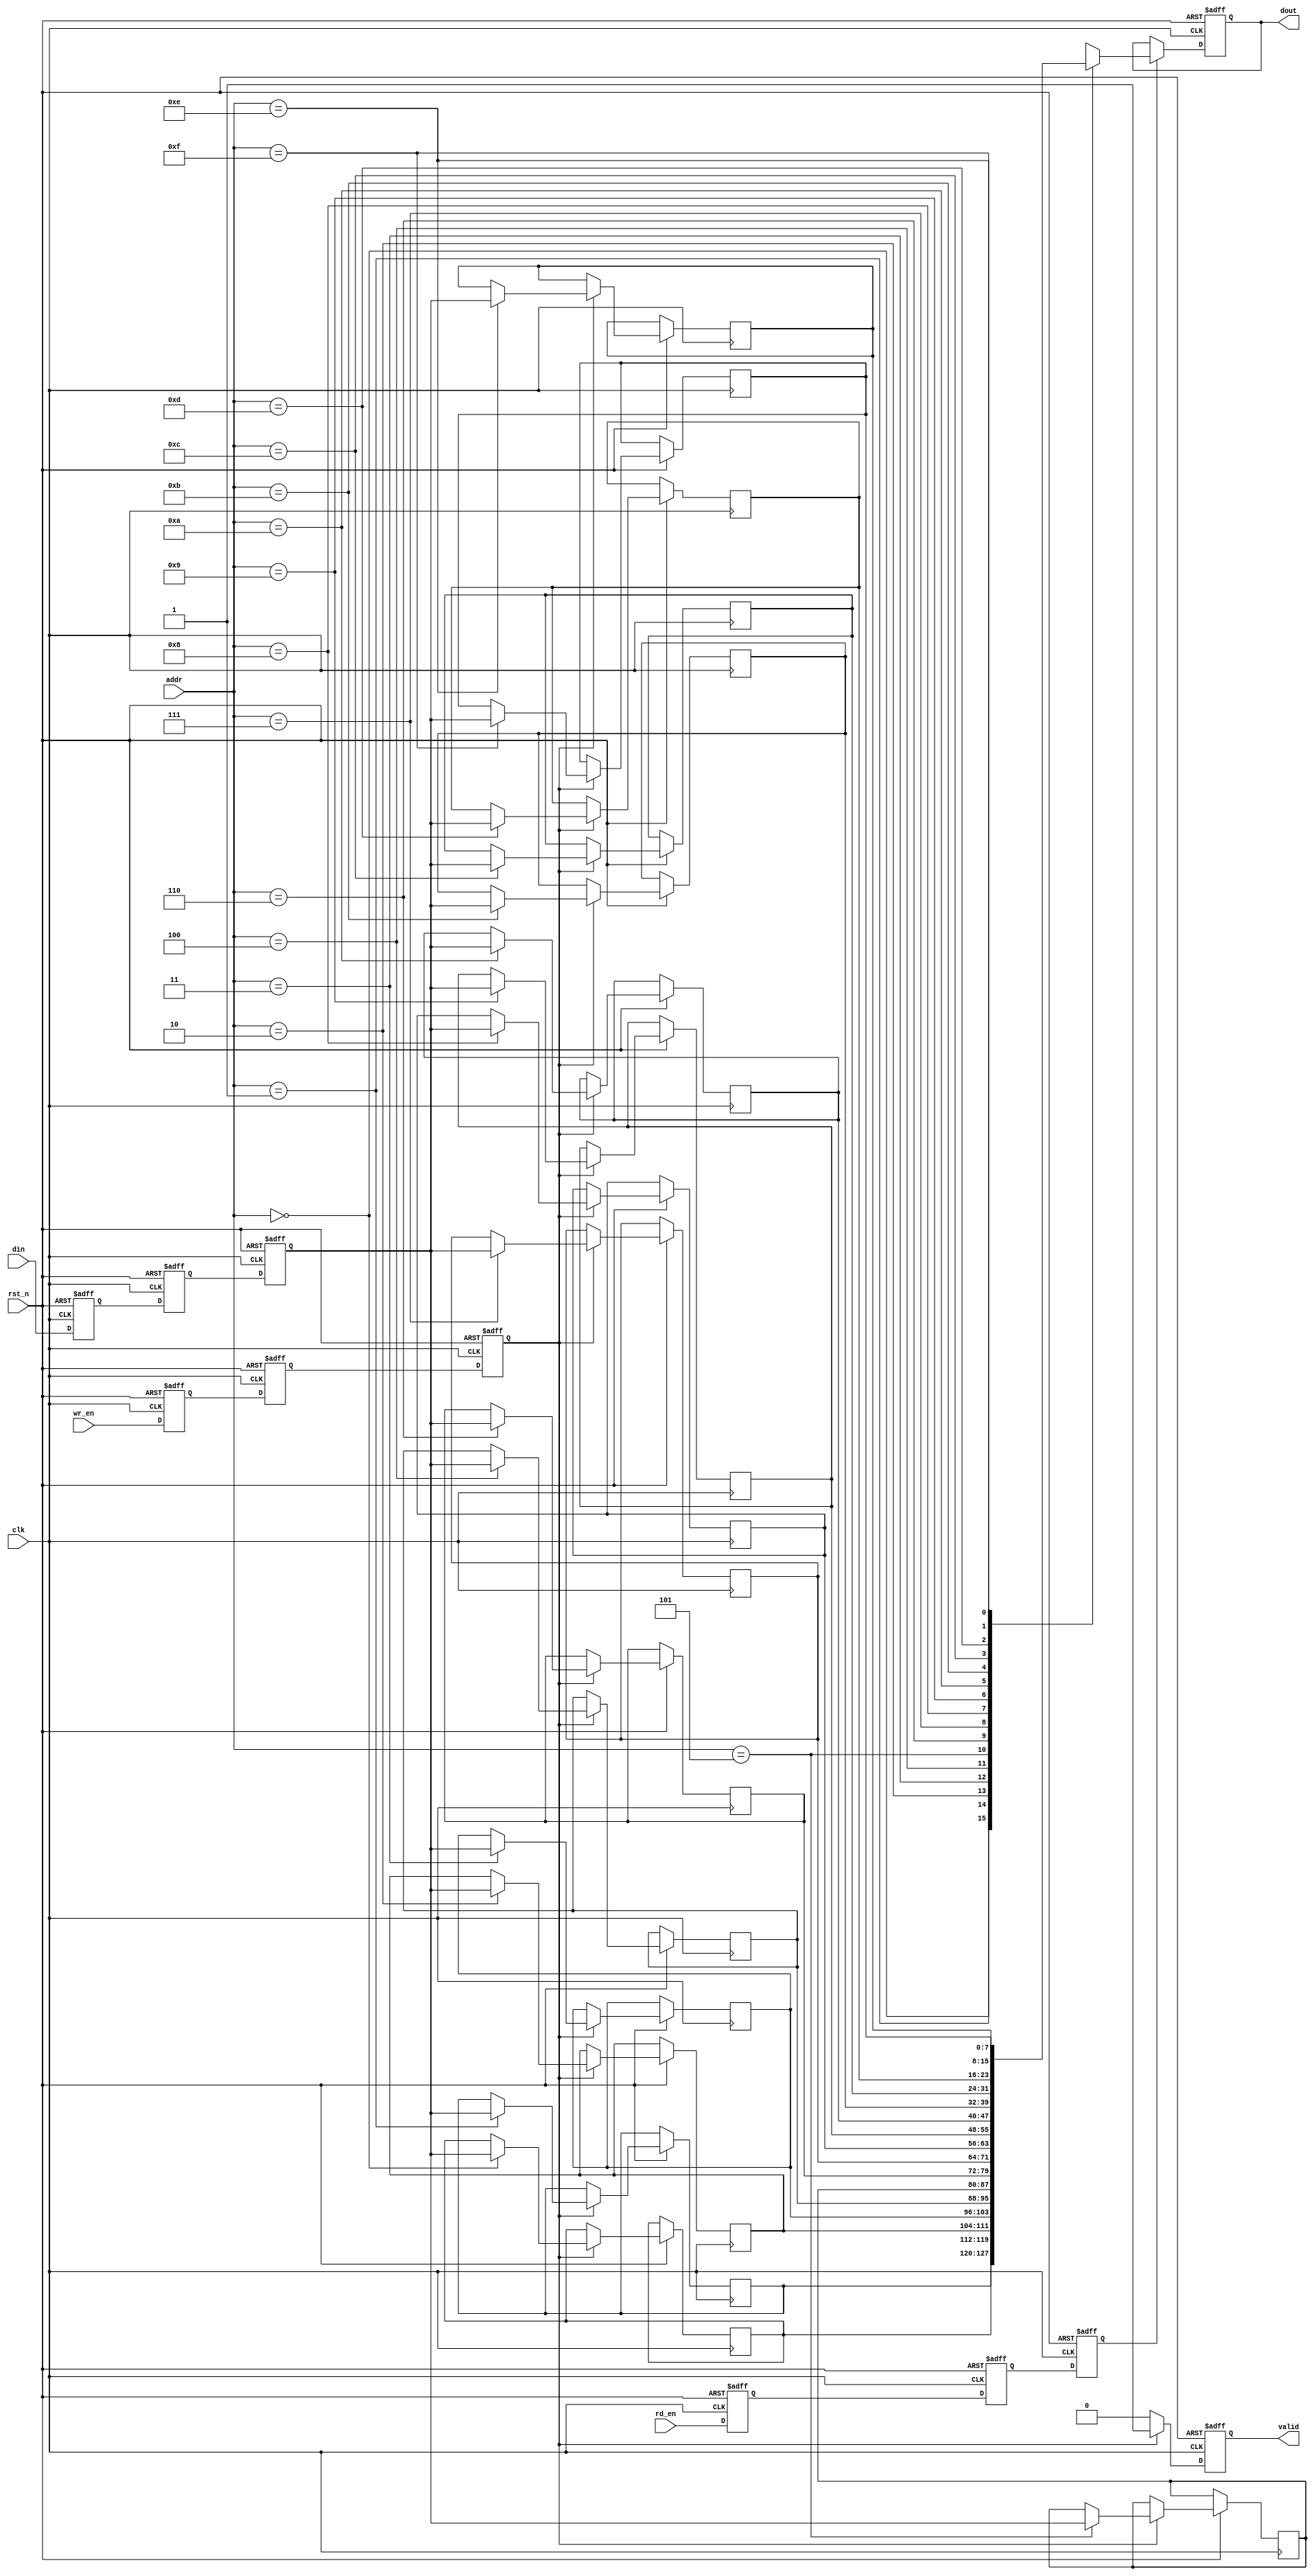
module MemoryBlock #(
    parameter DATA_WIDTH = 8,
    parameter ADDR_WIDTH = 4,
    parameter DELAY_CYCLES = 3  // Number of cycles for the safe delay line
)(
    input wire clk,                    // Memory clock
    input wire rst_n,                  // Active low reset
    input wire wr_en,                  // Write enable
    input wire rd_en,                  // Read enable
    input wire [ADDR_WIDTH-1:0] addr,  // Address for read/write
    input wire [DATA_WIDTH-1:0] din,   // Data input
    output reg [DATA_WIDTH-1:0] dout,  // Data output
    output reg valid                   // Output valid signal
);

    // Memory array
    reg [DATA_WIDTH-1:0] mem [(1 << ADDR_WIDTH) - 1:0];

    // Safe Delay Line for data input
    reg [DATA_WIDTH-1:0] safe_delay_line [0:DELAY_CYCLES-1];

    // Synchronization logic for control signals
    reg wr_en_sync [0:DELAY_CYCLES-1];
    reg rd_en_sync [0:DELAY_CYCLES-1];

    integer i;

    // Sequential logic for safe delay line
    always @(posedge clk or negedge rst_n) begin
        if (!rst_n) begin
            for (i = 0; i < DELAY_CYCLES; i = i + 1) begin
                safe_delay_line[i] <= 0;
                wr_en_sync[i] <= 0;
                rd_en_sync[i] <= 0;
            end
        end else begin
            // Shift the delay line
            for (i = DELAY_CYCLES-1; i > 0; i = i - 1) begin
                safe_delay_line[i] <= safe_delay_line[i-1];
                wr_en_sync[i] <= wr_en_sync[i-1];
                rd_en_sync[i] <= rd_en_sync[i-1];
            end
            // Input the current values
            safe_delay_line[0] <= din;
            wr_en_sync[0] <= wr_en;
            rd_en_sync[0] <= rd_en;
        end
    end

    // Control logic for writing to memory
    always @(posedge clk or negedge rst_n) begin
        if (!rst_n) begin
            valid <= 0;
        end else begin
            if (wr_en_sync[DELAY_CYCLES-1]) begin
                mem[addr] <= safe_delay_line[DELAY_CYCLES-1];
                valid <= 1;  // Data is valid after write
            end else begin
                valid <= 0;
            end
        end
    end

    // Control logic for reading from memory
    always @(posedge clk or negedge rst_n) begin
        if (!rst_n) begin
            dout <= 0;
        end else begin
            if (rd_en_sync[DELAY_CYCLES-1]) begin
                dout <= mem[addr];
            end
        end
    end

endmodule